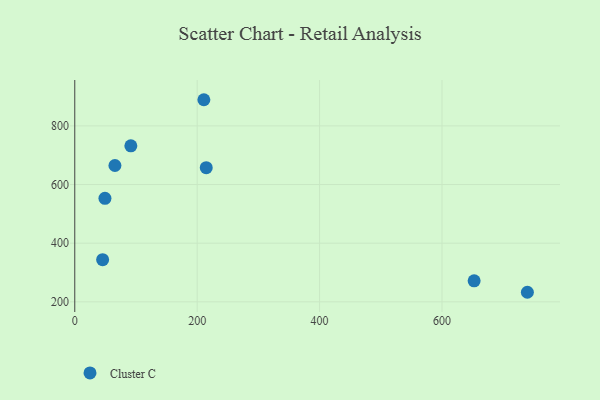
{"axis": {"x": "Investment", "y": "Demand"}, "legend": ["Cluster C"], "data": [{"x": "49.3", "y": 553.0, "type": "Cluster C"}, {"x": "91.6", "y": 732.1, "type": "Cluster C"}, {"x": "652.5", "y": 271.5, "type": "Cluster C"}, {"x": "739.5", "y": 232.6, "type": "Cluster C"}, {"x": "45.5", "y": 343.8, "type": "Cluster C"}, {"x": "65.6", "y": 664.9, "type": "Cluster C"}, {"x": "214.8", "y": 657.4, "type": "Cluster C"}, {"x": "210.9", "y": 889.2, "type": "Cluster C"}]}